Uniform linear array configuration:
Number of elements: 12
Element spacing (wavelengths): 0.5
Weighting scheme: kaiser
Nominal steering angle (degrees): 15
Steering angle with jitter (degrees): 13.541
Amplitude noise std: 0.05
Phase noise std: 0.05

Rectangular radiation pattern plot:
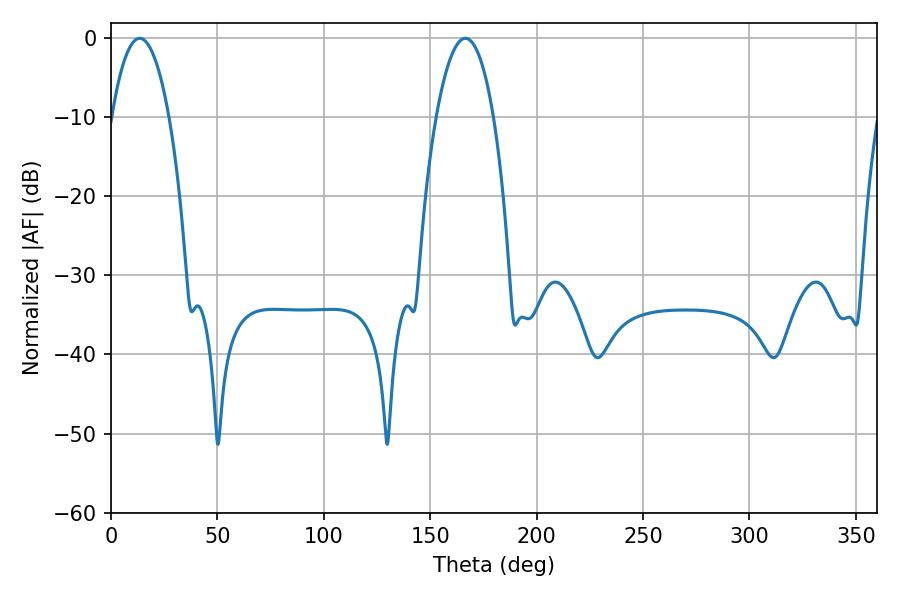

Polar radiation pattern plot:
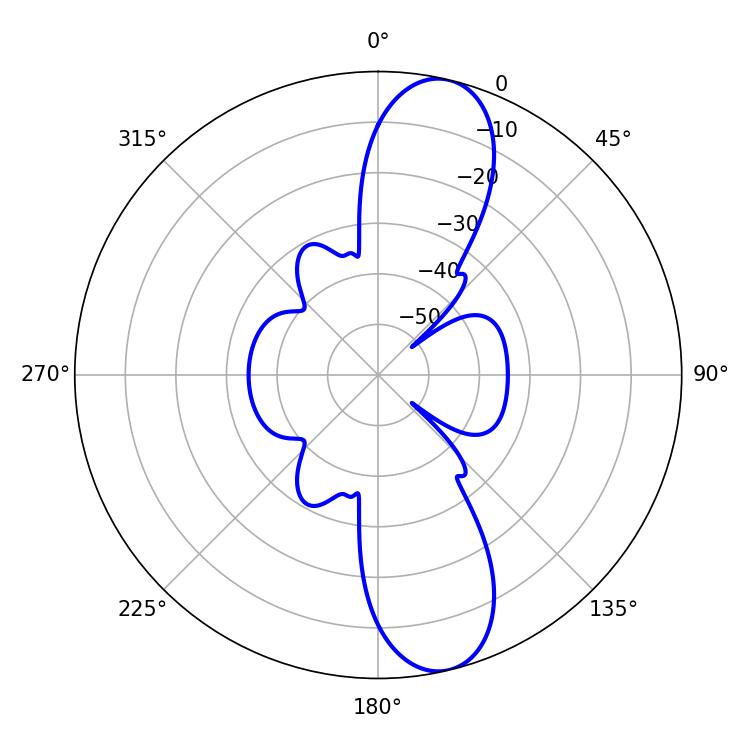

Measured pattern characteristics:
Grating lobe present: FALSE
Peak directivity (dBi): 11.861
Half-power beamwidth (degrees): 14.94
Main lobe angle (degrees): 13.5